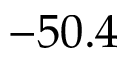
- 5 0 . 4